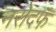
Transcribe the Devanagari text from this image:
नरोदफ